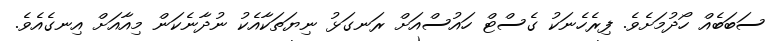
ސަބަބެއް ހޯދުމަށެވެ. ފިރެހެނަކު ގެސްޓް ހައުސްއަށް ރަނގަޅު ނިޔަތަކާއެކު ނުދާނެކަން މިއާއަށް އިނގެއެވެ.